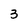
Character: 3